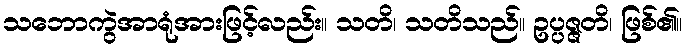
သဘောကွဲအာရုံအားဖြင့်လည်း။ သတိ၊ သတိသည်။ ဥပ္ပဇ္ဇတိ၊ ဖြစ်၏။